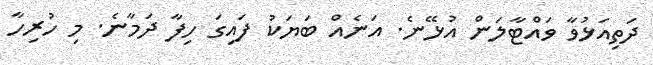
ދަތިއަޅުވާ ވައްޓާލަން އުޅޭނެ. އަނެއް ބަޔަކު ފައިގަ ހިފާ ދަމާނެ. މި ހުރިހާ